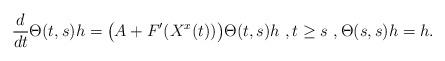
LaTeX: \begin{align*}\frac{d}{dt}\Theta(t,s)h=\bigl(A+F'(X^x(t))\bigr)\Theta(t,s)h~,t\ge s~,\Theta(s,s)h=h.\end{align*}